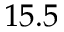
1 5 . 5